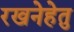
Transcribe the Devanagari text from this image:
रखनेहेतु